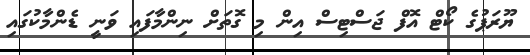
ޔޫރަޕުގެ ކޯޓް އޮފް ޖަސްޓިސް އިން މި ގޮތަށް ނިންމާފައި ވަނީ ޑެންމާކުގައި